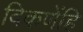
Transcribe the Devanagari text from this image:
विकणेंहि